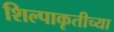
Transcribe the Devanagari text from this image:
शिल्पाकृतीच्या